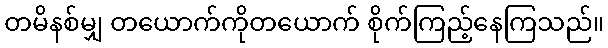
တမိနစ်မျှ တယောက်ကိုတယောက် စိုက်ကြည့်နေကြသည်။